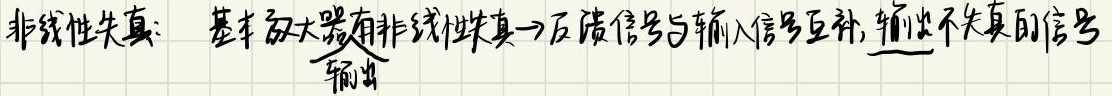
非线性失真：基本放大器有非线性失真→反馈信号与输入信号互补，输出不失真的信号输出